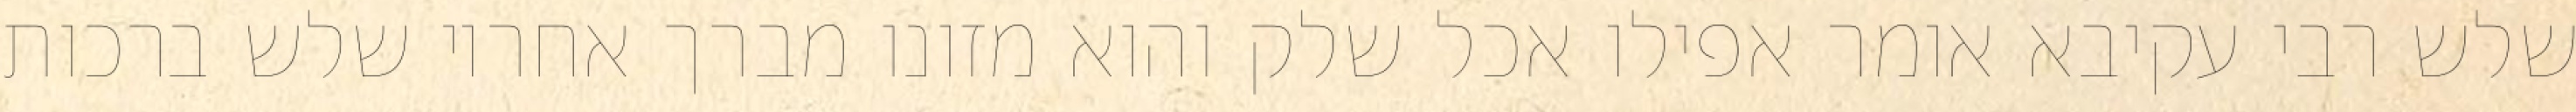
שלש רבי עקיבא אומר אפילו אכל שלק והוא מזונו מברך אחריו שלש ברכות